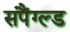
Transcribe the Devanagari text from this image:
सपैंग्ल्ड